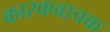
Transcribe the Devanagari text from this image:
कारकवाचक